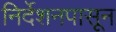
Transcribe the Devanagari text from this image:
निर्देशनपासून